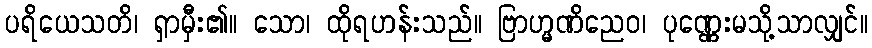
ပရိယေသတိ၊ ရှာမှီး၏။ သော၊ ထိုရဟန်းသည်။ ဗြာဟ္မဏိညေဝ၊ ပုဏ္ဏေးမသို့သာလျှင်။